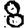
Digit: 8